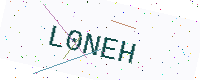
Text: L0NEH